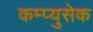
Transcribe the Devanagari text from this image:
कम्प्युसेक